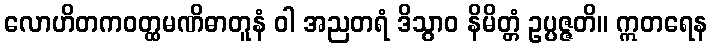
လောဟိတကဝတ္ထမဏိဓာတူနံ ဝါ အညတရံ ဒိသွာဝ နိမိတ္တံ ဥပ္ပဇ္ဇတိ။ ဣတရေန